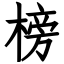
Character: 榜